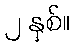
၂ နှစ်။